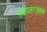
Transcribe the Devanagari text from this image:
ह्डपसरजवळ